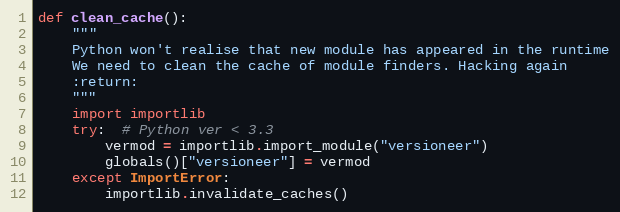
Language: Python
def clean_cache():
    """
    Python won't realise that new module has appeared in the runtime
    We need to clean the cache of module finders. Hacking again
    :return:
    """
    import importlib
    try:  # Python ver < 3.3
        vermod = importlib.import_module("versioneer")
        globals()["versioneer"] = vermod
    except ImportError:
        importlib.invalidate_caches()